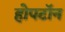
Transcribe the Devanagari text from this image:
होपटॉन